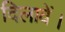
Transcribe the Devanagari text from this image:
दिलावें।